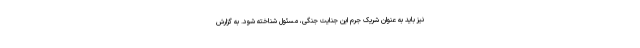
نیز باید به عنوان شریک جرم این جنایت جنگی، مسئول شناخته شود. به گزارش